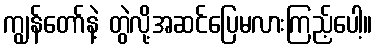
ကျွန်တော်နဲ့ တွဲလို့အဆင်ပြေမလားကြည့်ပေါ့။